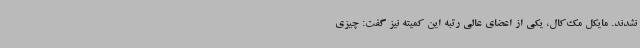
نشدند. مایکل مک‌کال، یکی از اعضای عالی رتبه این کمیته نیز گفت: چیزی